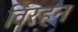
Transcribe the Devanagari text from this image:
विरहन